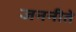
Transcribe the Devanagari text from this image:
जननीते